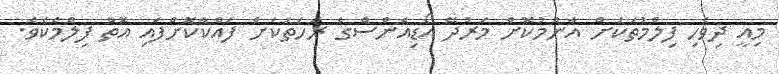
މިއީ ދިވެހި ފިލްމުތަކަށް އާންމުކޮށް މަރުދޭ އޯޑިއެންސްގެ ރަހަތަކަށް ފައްކާކޮށްފައި އޮތް ފިލްމެކެވެ.